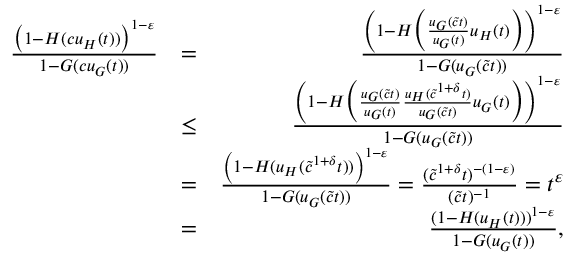
\begin{array} { r l r } { \frac { \big ( 1 - H ( c u _ { H } ( t ) ) \big ) ^ { 1 - \varepsilon } } { 1 - G ( c u _ { G } ( t ) ) } } & { = } & { \frac { \left( 1 - H \Big ( \frac { u _ { G } ( \tilde { c } t ) } { u _ { G } ( t ) } u _ { H } ( t ) \Big ) \right) ^ { 1 - \varepsilon } } { 1 - G ( u _ { G } ( \tilde { c } t ) ) } } \\ & { \le } & { \frac { \left( 1 - H \Big ( \frac { u _ { G } ( \tilde { c } t ) } { u _ { G } ( t ) } \frac { u _ { H } ( \tilde { c } ^ { 1 + \delta } t ) } { u _ { G } ( \tilde { c } t ) } u _ { G } ( t ) \Big ) \right) ^ { 1 - \varepsilon } } { 1 - G ( u _ { G } ( \tilde { c } t ) ) } } \\ & { = } & { \frac { \left( 1 - H ( u _ { H } ( \tilde { c } ^ { 1 + \delta } t ) ) \right) ^ { 1 - \varepsilon } } { 1 - G ( u _ { G } ( \tilde { c } t ) ) } = \frac { ( \tilde { c } ^ { 1 + \delta } t ) ^ { - ( 1 - \varepsilon ) } } { ( \tilde { c } t ) ^ { - 1 } } = t ^ { \varepsilon } } \\ & { = } & { \frac { ( 1 - H ( u _ { H } ( t ) ) ) ^ { 1 - \varepsilon } } { 1 - G ( u _ { G } ( t ) ) } , } \end{array}